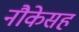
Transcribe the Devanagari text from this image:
नौकेसह